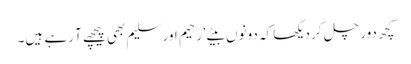
کچھ دور چل کر دیکھا کہ دونوں بیٹے‘ رحیم اور سلیم بھی پیچھے آ رہے ہیں۔